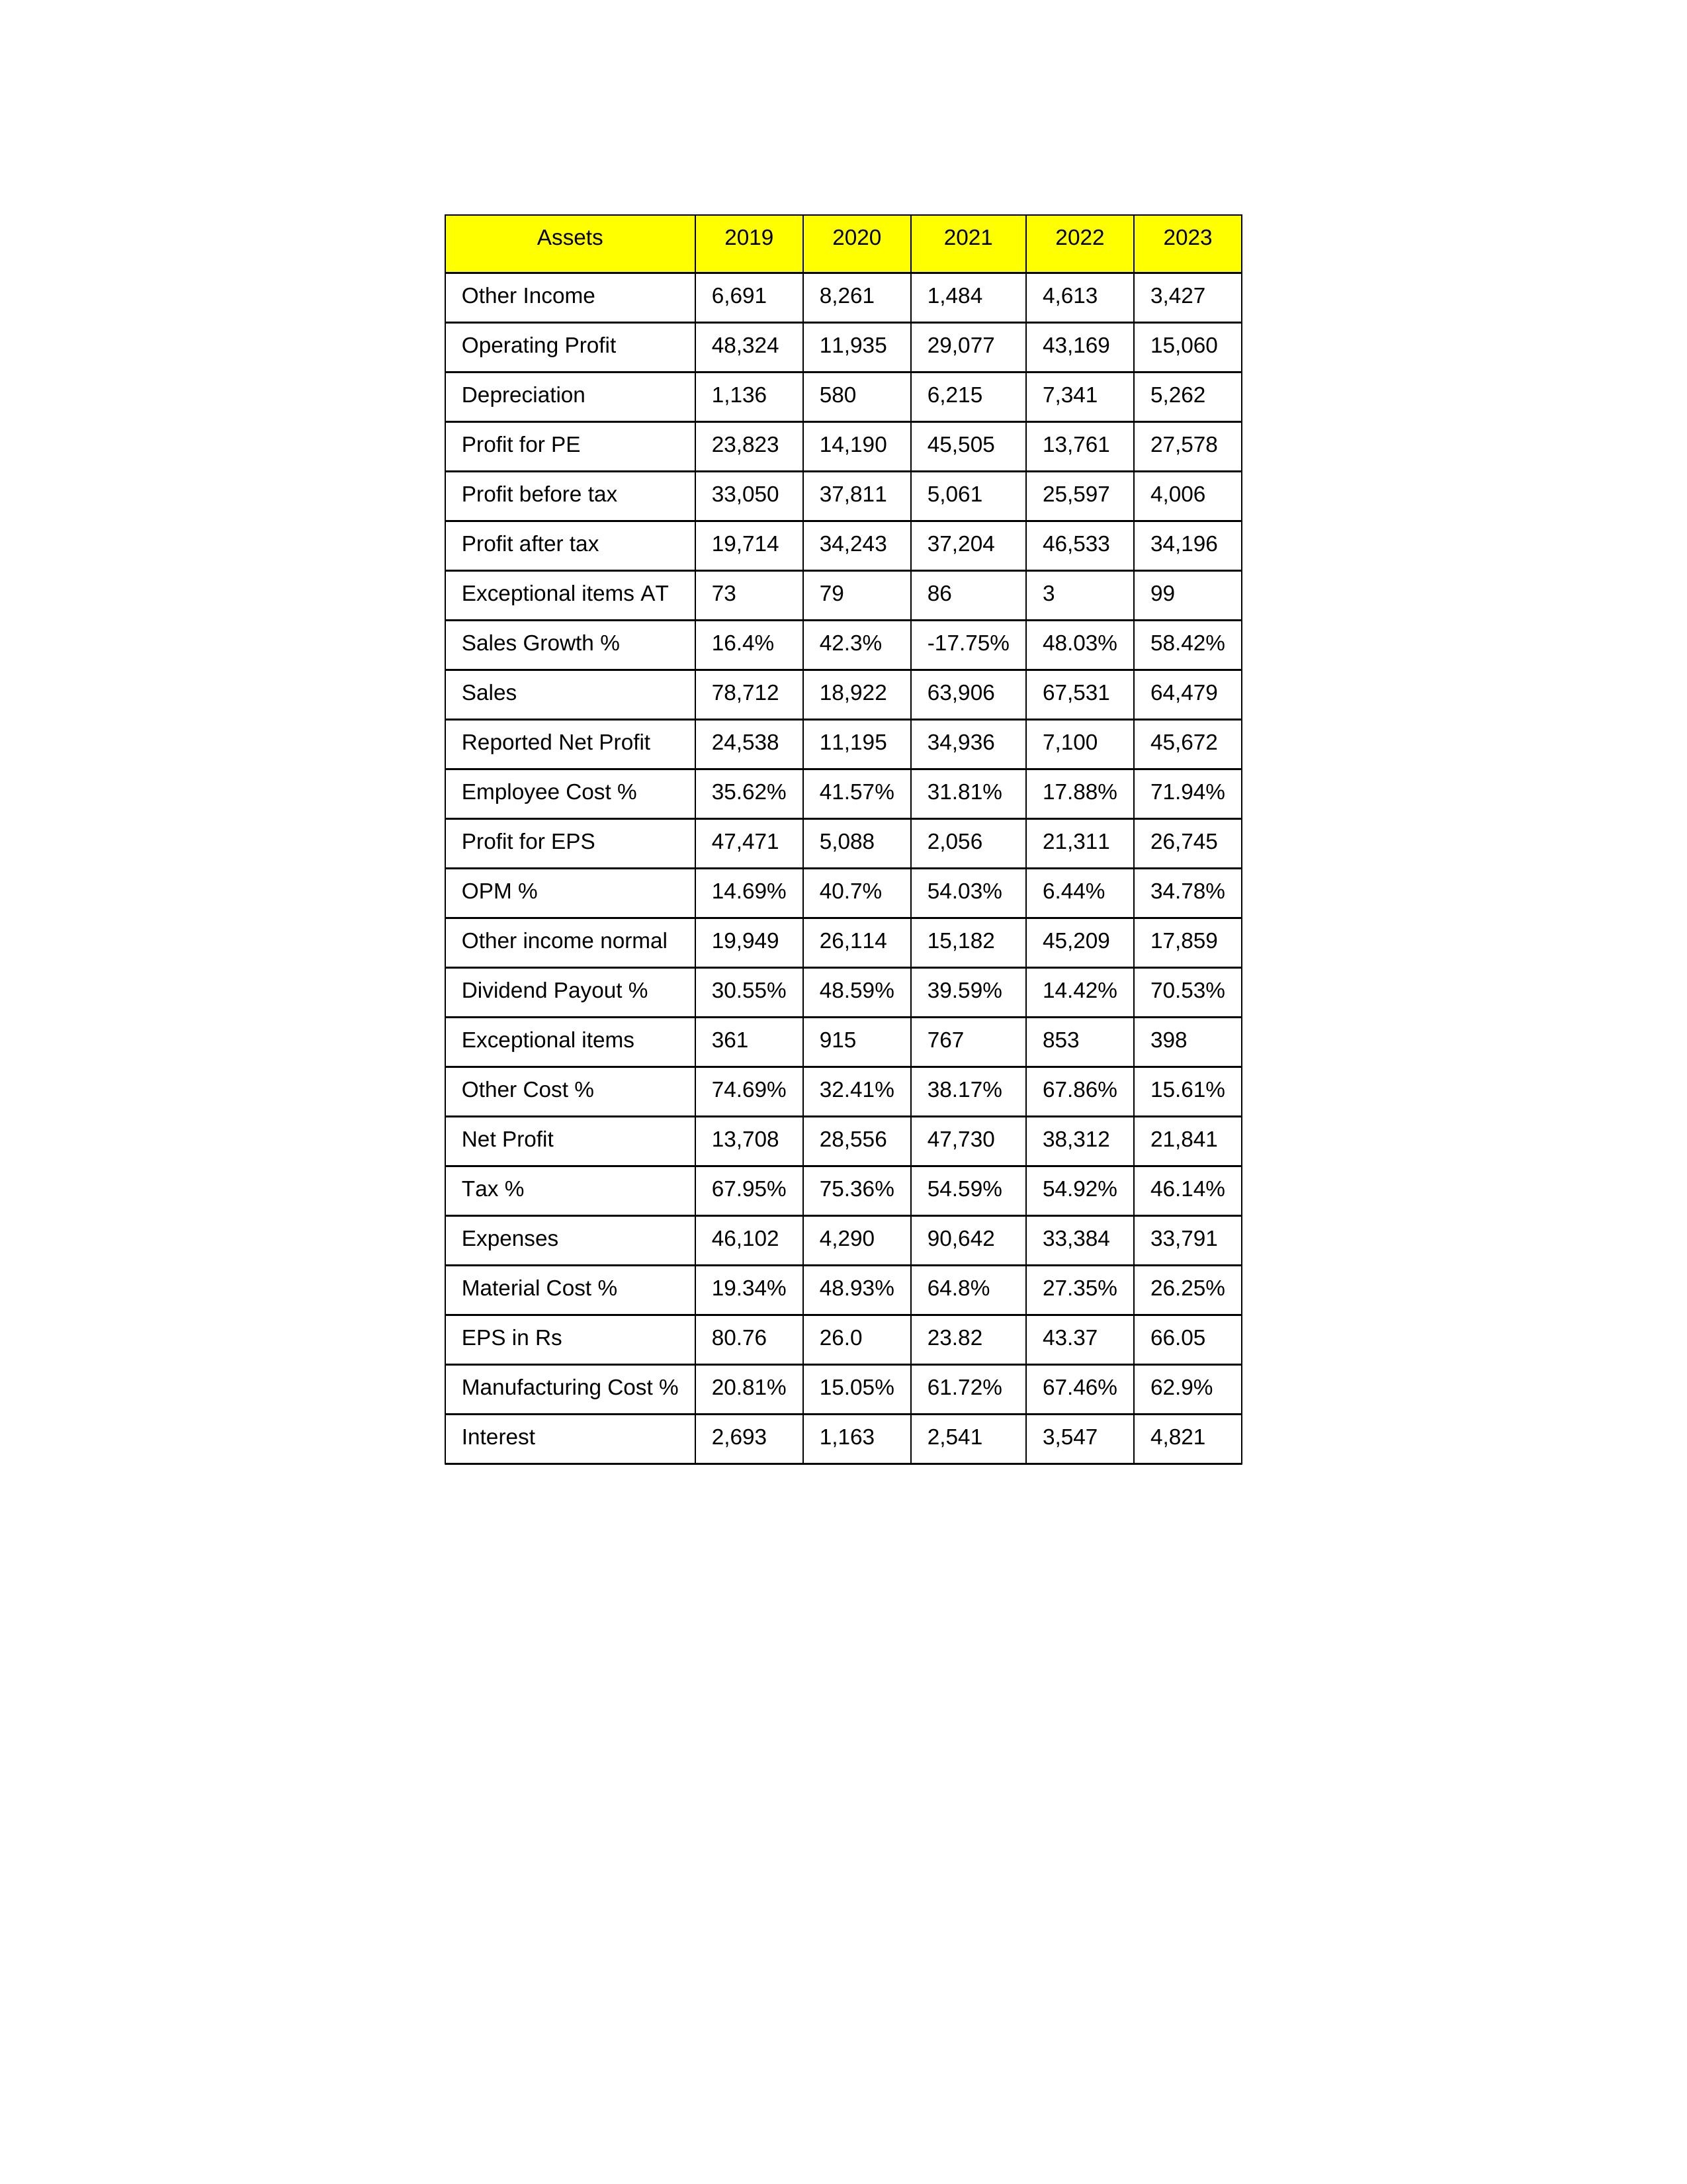
gt_parse: 2019: Sales: 78,712
Sales Growth %: 16.4%
Expenses: 46,102
Material Cost %: 19.34%
Manufacturing Cost %: 20.81%
Employee Cost %: 35.62%
Other Cost %: 74.69%
Operating Profit: 48,324
OPM %: 14.69%
Other Income: 6,691
Exceptional items: 361
Other income normal: 19,949
Interest: 2,693
Depreciation: 1,136
Profit before tax: 33,050
Tax %: 67.95%
Net Profit: 13,708
Profit after tax: 19,714
Reported Net Profit: 24,538
Profit for EPS: 47,471
Exceptional items AT: 73
Profit for PE: 23,823
EPS in Rs: 80.76
Dividend Payout %: 30.55%
2020: Sales: 18,922
Sales Growth %: 42.3%
Expenses: 4,290
Material Cost %: 48.93%
Manufacturing Cost %: 15.05%
Employee Cost %: 41.57%
Other Cost %: 32.41%
Operating Profit: 11,935
OPM %: 40.7%
Other Income: 8,261
Exceptional items: 915
Other income normal: 26,114
Interest: 1,163
Depreciation: 580
Profit before tax: 37,811
Tax %: 75.36%
Net Profit: 28,556
Profit after tax: 34,243
Reported Net Profit: 11,195
Profit for EPS: 5,088
Exceptional items AT: 79
Profit for PE: 14,190
EPS in Rs: 26
Dividend Payout %: 48.59%
2021: Sales: 63,906
Sales Growth %: -17.75%
Expenses: 90,642
Material Cost %: 64.8%
Manufacturing Cost %: 61.72%
Employee Cost %: 31.81%
Other Cost %: 38.17%
Operating Profit: 29,077
OPM %: 54.03%
Other Income: 1,484
Exceptional items: 767
Other income normal: 15,182
Interest: 2,541
Depreciation: 6,215
Profit before tax: 5,061
Tax %: 54.59%
Net Profit: 47,730
Profit after tax: 37,204
Reported Net Profit: 34,936
Profit for EPS: 2,056
Exceptional items AT: 86
Profit for PE: 45,505
EPS in Rs: 23.82
Dividend Payout %: 39.59%
2022: Sales: 67,531
Sales Growth %: 48.03%
Expenses: 33,384
Material Cost %: 27.35%
Manufacturing Cost %: 67.46%
Employee Cost %: 17.88%
Other Cost %: 67.86%
Operating Profit: 43,169
OPM %: 6.44%
Other Income: 4,613
Exceptional items: 853
Other income normal: 45,209
Interest: 3,547
Depreciation: 7,341
Profit before tax: 25,597
Tax %: 54.92%
Net Profit: 38,312
Profit after tax: 46,533
Reported Net Profit: 7,100
Profit for EPS: 21,311
Exceptional items AT: 3
Profit for PE: 13,761
EPS in Rs: 43.37
Dividend Payout %: 14.42%
2023: Sales: 64,479
Sales Growth %: 58.42%
Expenses: 33,791
Material Cost %: 26.25%
Manufacturing Cost %: 62.9%
Employee Cost %: 71.94%
Other Cost %: 15.61%
Operating Profit: 15,060
OPM %: 34.78%
Other Income: 3,427
Exceptional items: 398
Other income normal: 17,859
Interest: 4,821
Depreciation: 5,262
Profit before tax: 4,006
Tax %: 46.14%
Net Profit: 21,841
Profit after tax: 34,196
Reported Net Profit: 45,672
Profit for EPS: 26,745
Exceptional items AT: 99
Profit for PE: 27,578
EPS in Rs: 66.05
Dividend Payout %: 70.53%